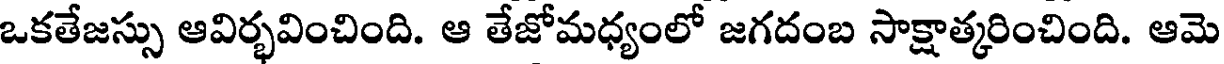
ఒకతేజస్సు ఆవిర్భవించింది. ఆ తేజోమధ్యంలో జగదంబ సాక్షాత్కరించింది. ఆమె